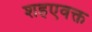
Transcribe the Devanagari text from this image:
शहएवक्त